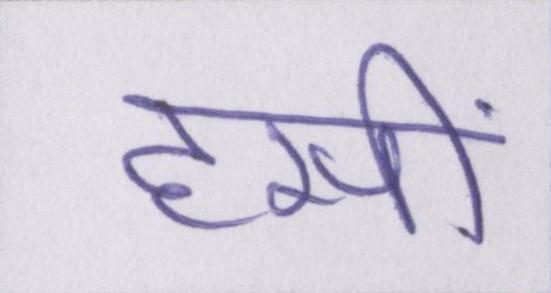
हसीं